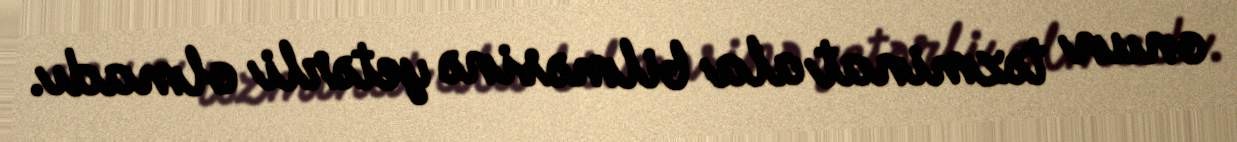
onun təzminat ala bilməsinə yetərli olmadı.